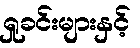
ရှုခင်းများနှင့်